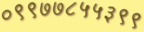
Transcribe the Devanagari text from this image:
०९९७७८५५३९९